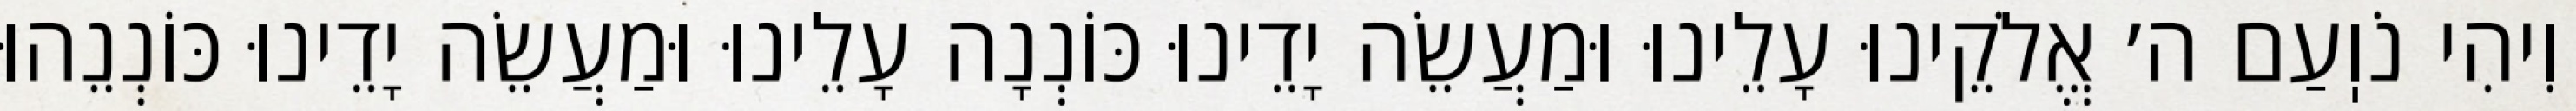
וִיהִי נֹוֽעַם ה׳ אֱלֹקֵינוּ עָלֵינוּ וּמַעֲשֵׂה יָדֵינוּ כּוֹנְנָה עָלֵינוּ וּמַעֲשֵׂה יָדֵינוּ כּוֹנְנֵהוּ